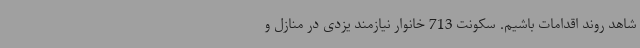
شاهد روند اقدامات باشیم. سکونت 713 خانوار نیازمند یزدی در منازل و